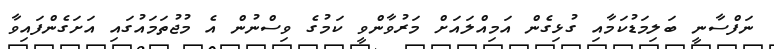
ނަފްސާނީ ބަލިމަޑުކަމާއި ގުޅިގެން އަމިއްލައަށް މަރުވާންވީ ކަމުގެ ވިސްނުން އެ މުޖުތަމައުގައި އަށަގެންފައިވާ